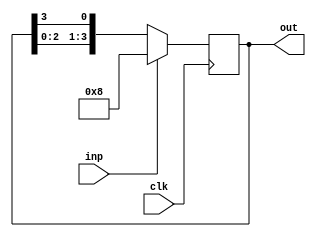






module ring_counter (clk,inp,out);

	input clk;
	input  inp;
	output reg [3:0] out;
	always@(posedge clk)
	begin
		if(inp)
			out <= 4'b1000;	
		else
			out <= { out[2:0],out[3]};
	end
	
endmodule